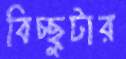
বিচ্ছুটার